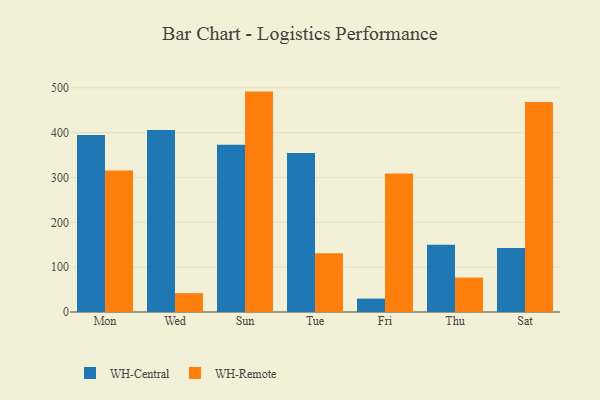
{"axis": {"x": "Day", "y": "Waste Production (Tons)"}, "legend": ["WH-Central", "WH-Remote"], "data": [{"x": "Mon", "y": 395.0, "type": "WH-Central"}, {"x": "Mon", "y": 315.8, "type": "WH-Remote"}, {"x": "Wed", "y": 406.1, "type": "WH-Central"}, {"x": "Wed", "y": 42.0, "type": "WH-Remote"}, {"x": "Sun", "y": 372.9, "type": "WH-Central"}, {"x": "Sun", "y": 491.6, "type": "WH-Remote"}, {"x": "Tue", "y": 354.9, "type": "WH-Central"}, {"x": "Tue", "y": 130.8, "type": "WH-Remote"}, {"x": "Fri", "y": 29.9, "type": "WH-Central"}, {"x": "Fri", "y": 308.9, "type": "WH-Remote"}, {"x": "Thu", "y": 149.9, "type": "WH-Central"}, {"x": "Thu", "y": 76.7, "type": "WH-Remote"}, {"x": "Sat", "y": 142.6, "type": "WH-Central"}, {"x": "Sat", "y": 468.3, "type": "WH-Remote"}]}